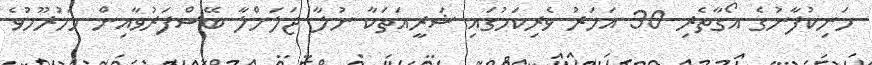
މަނިކުފާނުގެ އޯގާތެރި 30 އަހަރު ވެރިކަމުގައި ޝަރީއަތަކާ ނުލާ ޖަލަށްލާ ބޭސްފަރުވާއިން މަހުރޫމުވެ